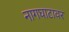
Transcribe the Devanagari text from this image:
नागघाटावर